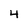
Character: 4